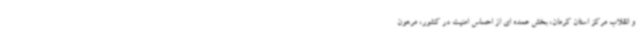
و انقلاب مرکز استان کرمان، بخش عمده ای از احساس امنیت در کشور، مرهون